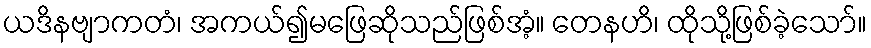
ယဒိနဗျာကတံ၊ အကယ်၍မဖြေဆိုသည်ဖြစ်အံ့။ တေနဟိ၊ ထိုသို့ဖြစ်ခဲ့သော်။